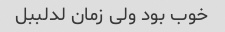
خوب بود ولی زمان لدلببل